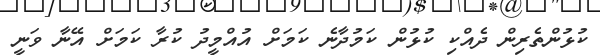
ކުޅުންތެރިން ދެއްކި ކުޅުުން ކަމުދާނެ ކަމަށް އުއްމީދު ކުރާ ކަމަށް އޭނާ ވަނީ